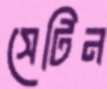
সেটিন